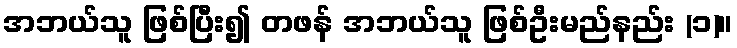
အဘယ်သူ ဖြစ်ပြီး၍ တဖန် အဘယ်သူ ဖြစ်ဦးမည်နည်း (၁)။